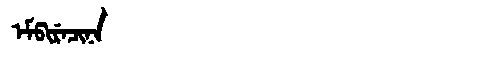
Manchu: ᡝᠮᡦᡳᡵᡝᠴᡳᠨᠠ
Romanization: EMPIRECINA